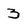
Character: 3